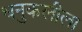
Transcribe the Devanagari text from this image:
धनुकलीला